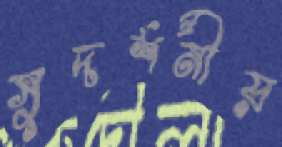
সুদর্শনীয়